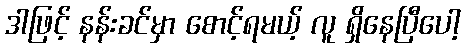
ဒါဖြင့် နန်းခင်မှာ စောင့်ရမယ့် လူ ရှိနေပြီပေါ့